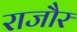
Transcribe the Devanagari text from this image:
राजौर